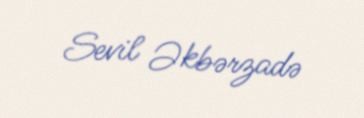
Sevil Əkbərzadə